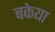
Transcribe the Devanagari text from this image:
बकेया